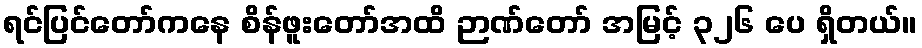
ရင်ပြင်တော်ကနေ စိန်ဖူးတော်အထိ ဉာဏ်တော် အမြင့် ၃၂၆ ပေ ရှိတယ်။